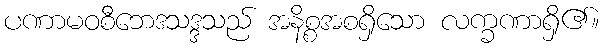
ပဏာမဝစီဘေဒသဒ္ဒသည် အနိစ္စအစရှိသော လက္ခဏာရှိ၏။